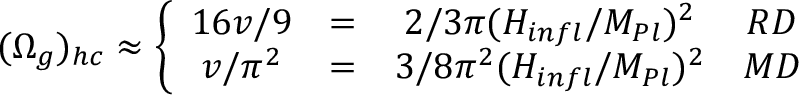
( \Omega _ { g } ) _ { h c } \approx \left\{ \begin{array} { c c c c } { { 1 6 v / 9 } } & { { = } } & { { { 2 / 3 \pi } ( { H _ { i n f l } / { M _ { P l } } } ) ^ { 2 } } } & { { R D } } \\ { { v / \pi ^ { 2 } } } & { { = } } & { { { 3 / 8 \pi ^ { 2 } } ( { H _ { i n f l } / { M _ { P l } } } ) ^ { 2 } } } & { { M D } } \end{array} \right.